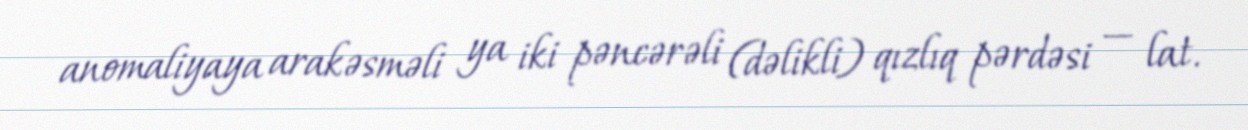
anomaliyaya arakəsməli ya iki pəncərəli (dəlikli) qızlıq pərdəsi — lat.